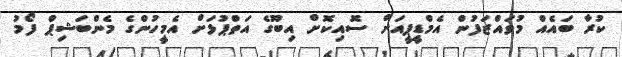
ކުރާ ބައެއް މުވައްޒަފުން އެމްޑީޕީއަށް ސޮއިކޮށް އިބޫގެ އަތްޕުޅަށް އެމީހުންގެ މެންބަޝިޕް ފޯމު